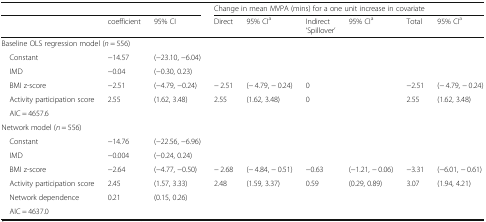
<table><thead><tr><td colspan="3"></td><td colspan="6"><b>Change in mean MVPA (mins) for a one unit increase in covariate</b></td></tr><tr><td></td><td><b>coefficient</b></td><td><b>95% CI</b></td><td><b>Direct</b></td><td><b>95% CI<sup>a</sup></b></td><td><b>Indirect‘Spillover’</b></td><td><b>95% CI<sup>a</sup></b></td><td><b>Total</b></td><td><b>95% CI<sup>a</sup></b></td></tr></thead><tbody><tr><td colspan="9">Baseline OLS regression model (<i>n</i> = 556)</td></tr><tr><td> Constant</td><td>−14.57</td><td>(−23.10, −6.04)</td><td></td><td></td><td></td><td></td><td></td><td></td></tr><tr><td> IMD</td><td>−0.04</td><td>(−0.30, 0.23)</td><td></td><td></td><td></td><td></td><td></td><td></td></tr><tr><td> BMI z-score</td><td>−2.51</td><td>(−4.79, −0.24)</td><td>− 2.51</td><td>(− 4.79, − 0.24)</td><td>0</td><td></td><td>−2.51</td><td>(− 4.79, − 0.24)</td></tr><tr><td> Activity participation score</td><td>2.55</td><td>(1.62, 3.48)</td><td>2.55</td><td>(1.62, 3.48)</td><td>0</td><td></td><td>2.55</td><td>(1.62, 3.48)</td></tr><tr><td colspan="9"> AIC = 4657.6</td></tr><tr><td colspan="9">Network model (<i>n</i> = 556)</td></tr><tr><td> Constant</td><td>−14.76</td><td>(−22.56, −6.96)</td><td></td><td></td><td></td><td></td><td></td><td></td></tr><tr><td> IMD</td><td>−0.004</td><td>(−0.24, 0.24)</td><td></td><td></td><td></td><td></td><td></td><td></td></tr><tr><td> BMI z-score</td><td>−2.64</td><td>(−4.77, −0.50)</td><td>− 2.68</td><td>(− 4.84, − 0.51)</td><td>−0.63</td><td>(−1.21, − 0.06)</td><td>−3.31</td><td>(−6.01, − 0.61)</td></tr><tr><td> Activity participation score</td><td>2.45</td><td>(1.57, 3.33)</td><td>2.48</td><td>(1.59, 3.37)</td><td>0.59</td><td>(0.29, 0.89)</td><td>3.07</td><td>(1.94, 4.21)</td></tr><tr><td> Network dependence</td><td>0.21</td><td>(0.15, 0.26)</td><td></td><td></td><td></td><td></td><td></td><td></td></tr><tr><td colspan="9"> AIC = 4637.0</td></tr></tbody></table>